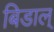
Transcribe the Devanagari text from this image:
बिडाल्